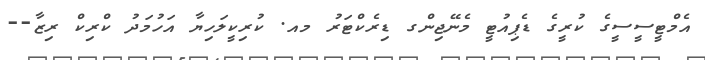
އެމްޓީސީސީގެ ކުރީގެ ޑެޕިއުޓީ މެނޭޖިންގ ޑިރެކްޓަރު މއ. ކުރިކީލަހިޔާ އަހުމަދު ކްރިކް ރިޒާ--